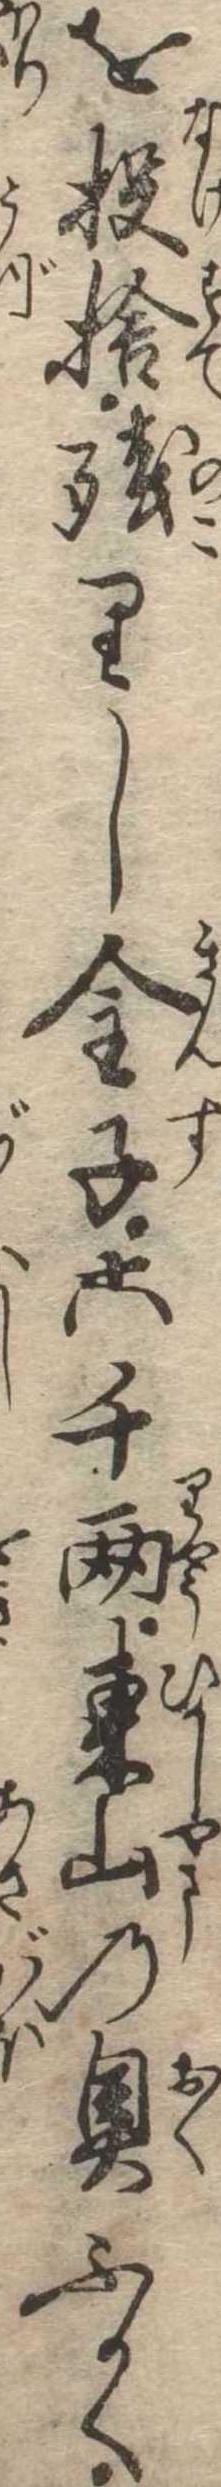
を投捨残りし金子六千両東山の奥ふかく